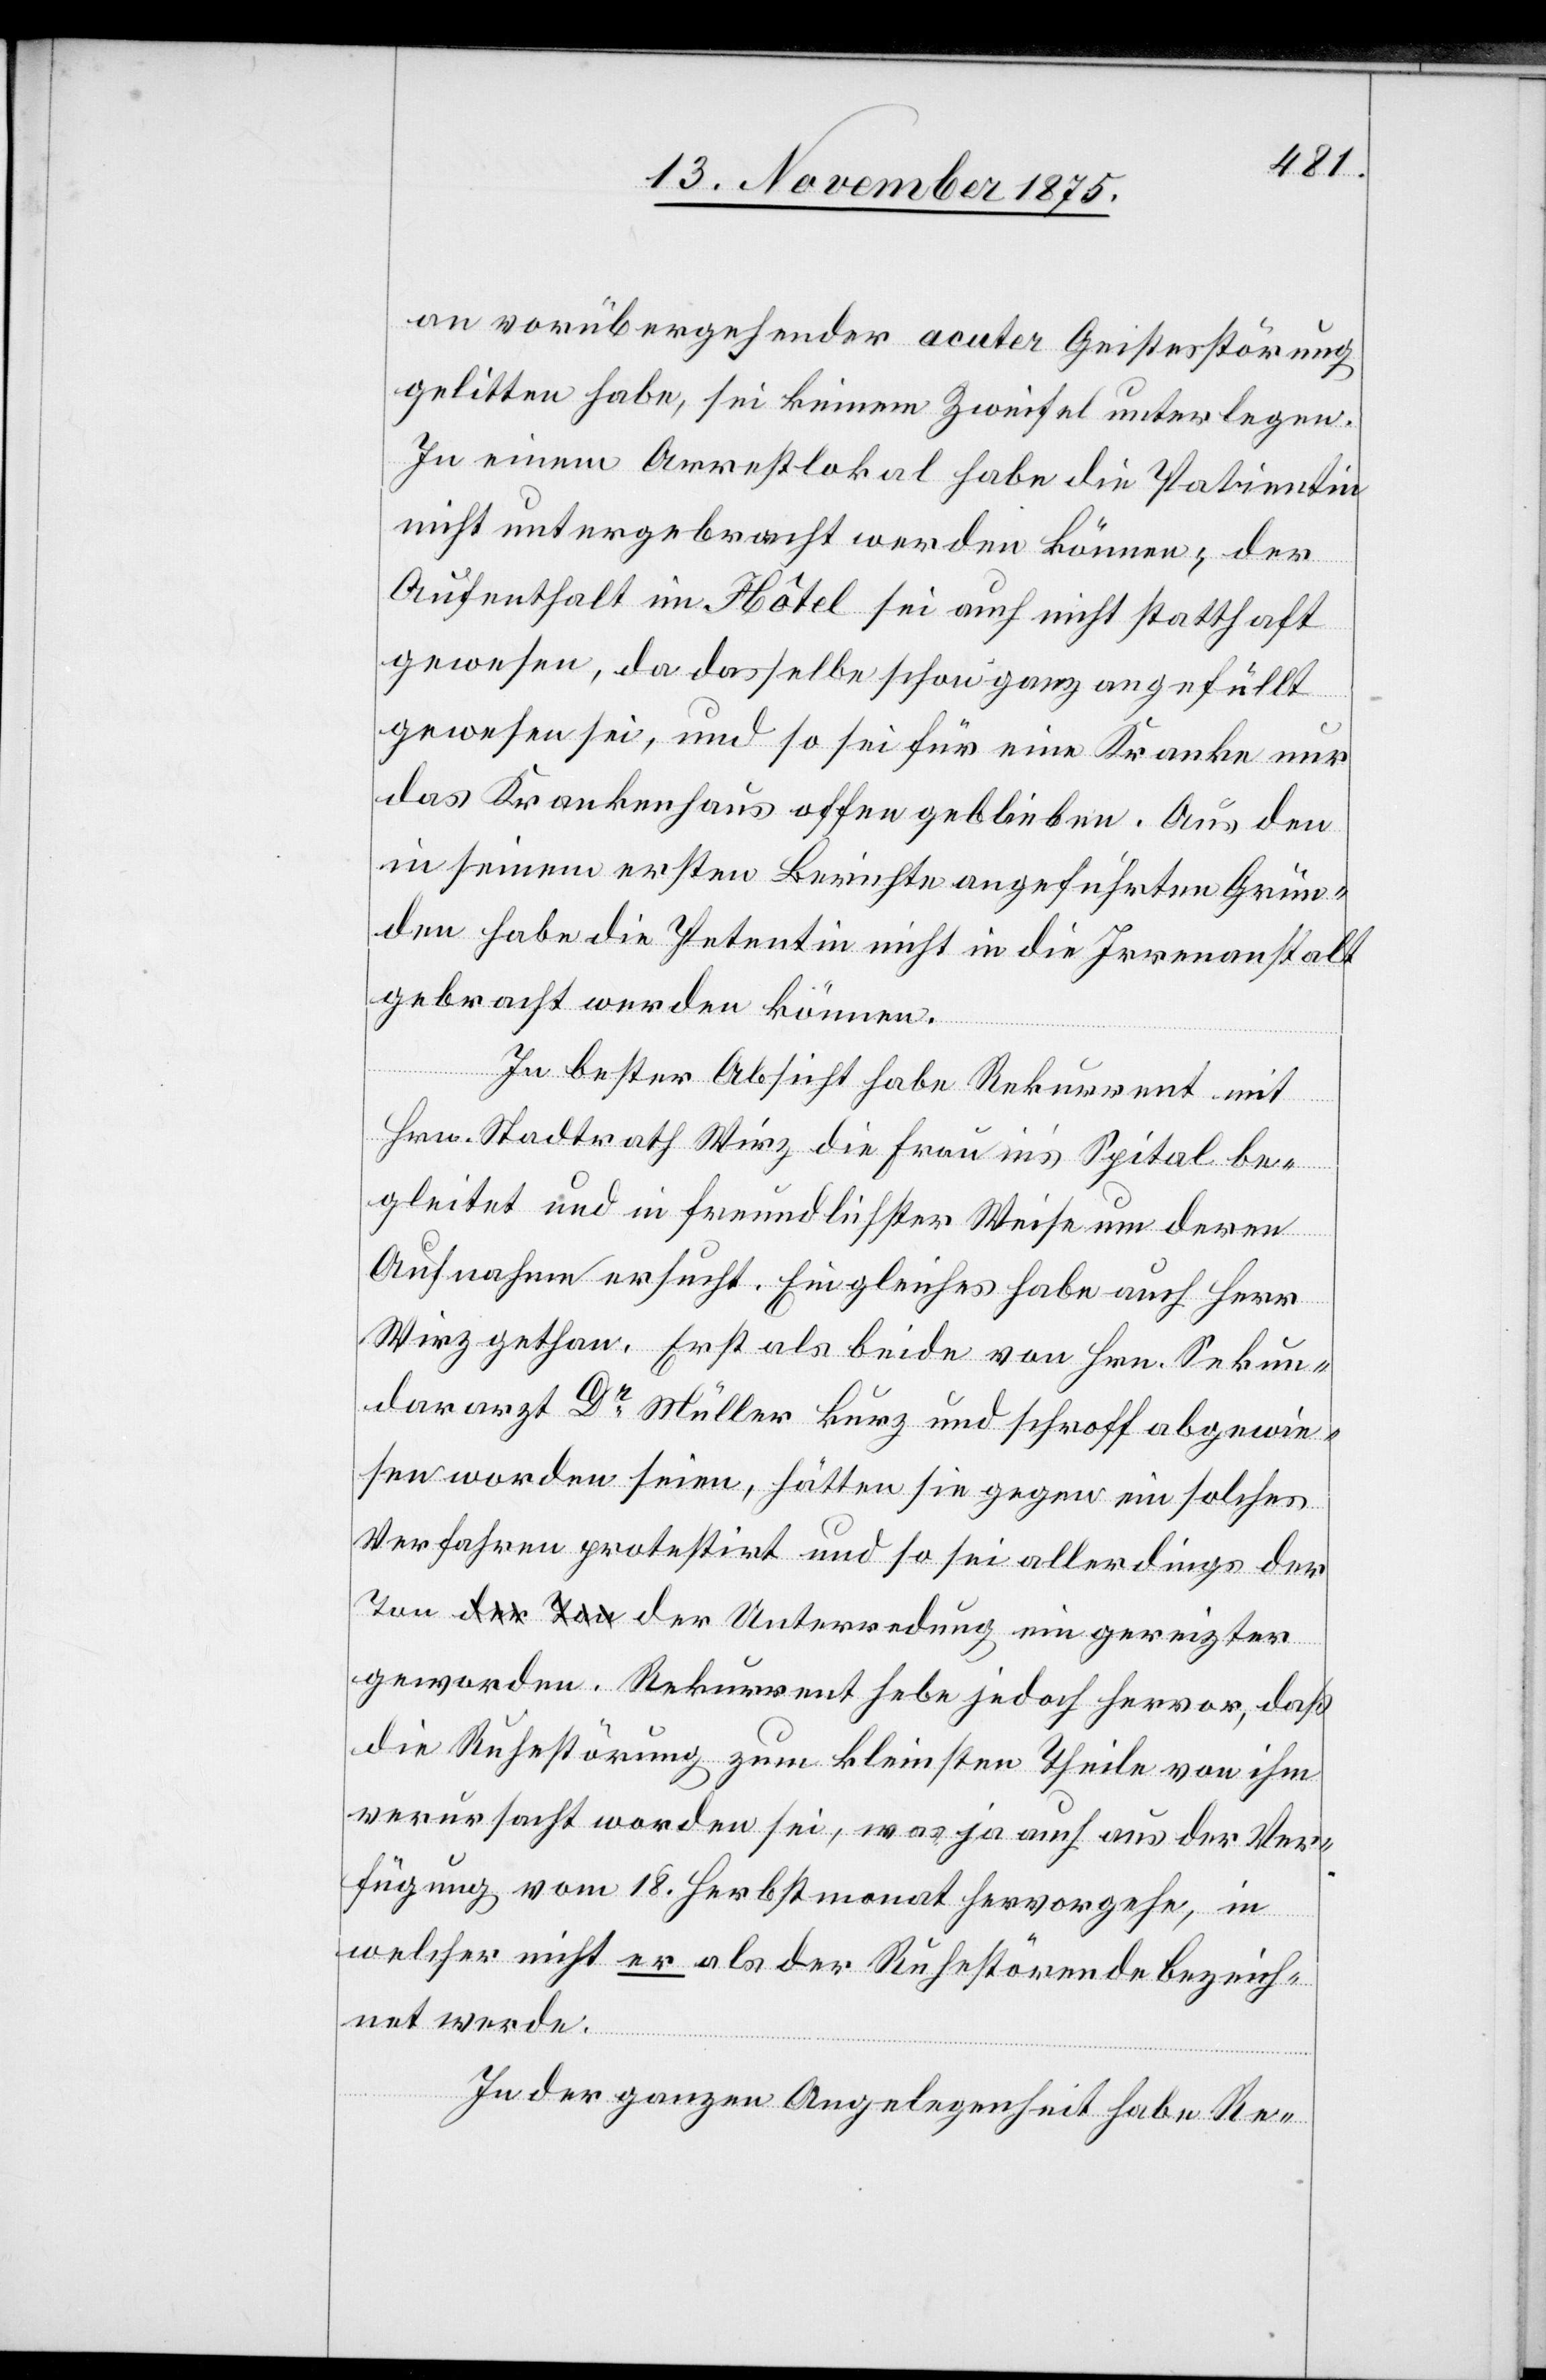
an vorübergehender acuter Geistesstörung
gelitten habe, sei keinem Zweifel unterlegen.
In einem Arrestlokal habe die Patientin
nicht untergebracht werden können, der
Aufenthalt im Hôtel sei auch nicht statthaft
gewesen, da dasselbe schon ganz angefüllt
gewesen sei, und so sei für eine Kranke nur
das Krankenhaus offen geblieben. Aus den
in seinem ersten Berichte angeführten Grün¬
den habe die Patientin nicht in die Irrenanstalt
gebracht werden können.
In bester Absicht habe Rekurrent mit
Hrn. Stadtrath Wirz die Frau in’s Spital be¬
gleitet und in freundlicher Weise um deren
Aufnahme ersucht. Ein gleiches habe auch Herr
Wirz gethan. Erst als beide von Hrn. Sekun¬
dararzt Dr Müller kurz und schroff abgewie¬
sen worden seien, hätten sie gegen ein solches
Verfahren protestirt und so sei allerdings der
geworden. Rekurrent hebe jedoch hervor, daß
die Ruhestörung zum kleinsten Theile von ihm
verursacht worden sei, was ja auch aus der Ver¬
fügung vom 18. Herbstmonat hervorgehe, in
welcher nicht er als der Ruhestörende bezeich¬
net werde.
In der ganzen Angelegenheit habe Re-